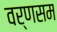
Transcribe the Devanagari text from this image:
वर्णसम